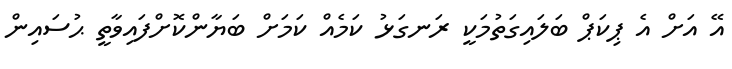
އޭ އަށް އެ ޕިކަޕް ބަލައިގަތުމަކީ ރަނގަޅު ކަމެއް ކަމަށް ބަޔާންކޮށްފައިވާތީ ޙުސައިން